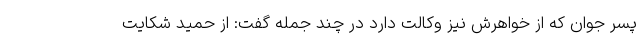
پسر جوان که از خواهرش نیز وکالت دارد در چند جمله گفت: از حمید شکایت